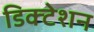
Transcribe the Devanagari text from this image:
डिक्‍टेशन